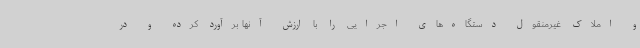
و املاک غیرمنقول دستگاه‌های اجرایی را با ارزش آنها برآورد کرده و در